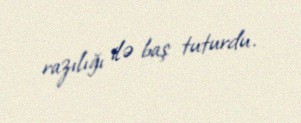
razılığı ilə baş tuturdu.